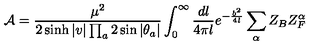
{ \cal A } = \frac { \mu ^ { 2 } } { 2 \sinh | v | \prod _ { a } 2 \sin | \theta _ { a } | } \int _ { 0 } ^ { \infty } \frac { d l } { 4 \pi l } e ^ { - \frac { b ^ { 2 } } { 4 l } } \sum _ { \alpha } Z _ { B } Z _ { F } ^ { \alpha }